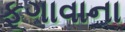
ફૂગાવાના